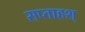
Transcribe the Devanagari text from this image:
सप्ताहश्